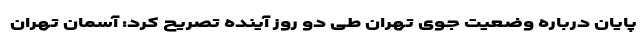
پایان درباره وضعیت جوی تهران طی دو روز آینده تصریح کرد: آسمان تهران